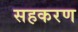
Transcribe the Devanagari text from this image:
सहकरण